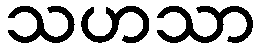
သဟသာ